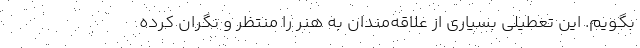
بگویم. این تعطیلی بسیاری از علاقه‌مندان به هنر را منتظر و نگران کرده